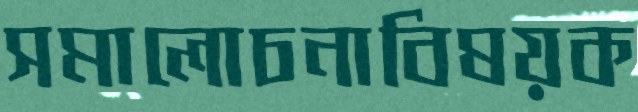
সমালোচনাবিষয়ক